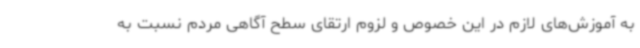
به آموزش‌های لازم در این خصوص و لزوم ارتقای سطح آگاهی مردم نسبت به